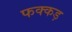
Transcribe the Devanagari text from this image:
फक्‍कड़